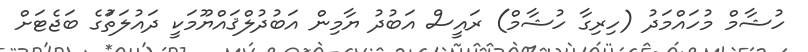
ހުޝާމް މުހައްމަދު (ހިރިގާ ހުޝާމް) ރައީސް އަބުދު ޔާމިން އަބުދުލްޤައްޔޫމަކީ ދައުލަތަުގެ ބަޖެޓަށް